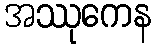
အဿုကေန